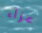
عزاء